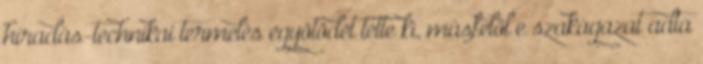
híradás-technikai termelés egyötödét tette ki, másfelől e szakágazat adta